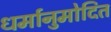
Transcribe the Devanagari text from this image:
धर्मानुमोदित